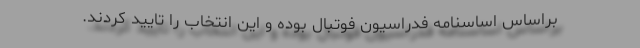
براساس اساسنامه فدراسیون فوتبال بوده و این انتخاب را تایید کردند.